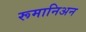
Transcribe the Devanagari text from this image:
रूमानिअन